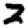
Digit: 2